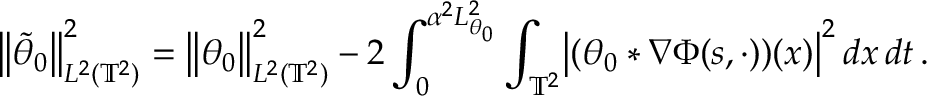
\bigl \| \tilde { \theta } _ { 0 } \bigr \| _ { L ^ { 2 } ( \ensuremath { \mathbb { T } } ^ { 2 } ) } ^ { 2 } = \bigl \| \theta _ { 0 } \bigr \| _ { L ^ { 2 } ( \ensuremath { \mathbb { T } } ^ { 2 } ) } ^ { 2 } - 2 \int _ { 0 } ^ { \alpha ^ { 2 } L _ { \theta _ { 0 } } ^ { 2 } } \int _ { \ensuremath { \mathbb { T } } ^ { 2 } } \bigl | ( \theta _ { 0 } \ast \nabla \Phi ( s , \cdot ) ) ( x ) \bigr | ^ { 2 } \, d x \, d t \, .